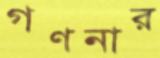
গণনার